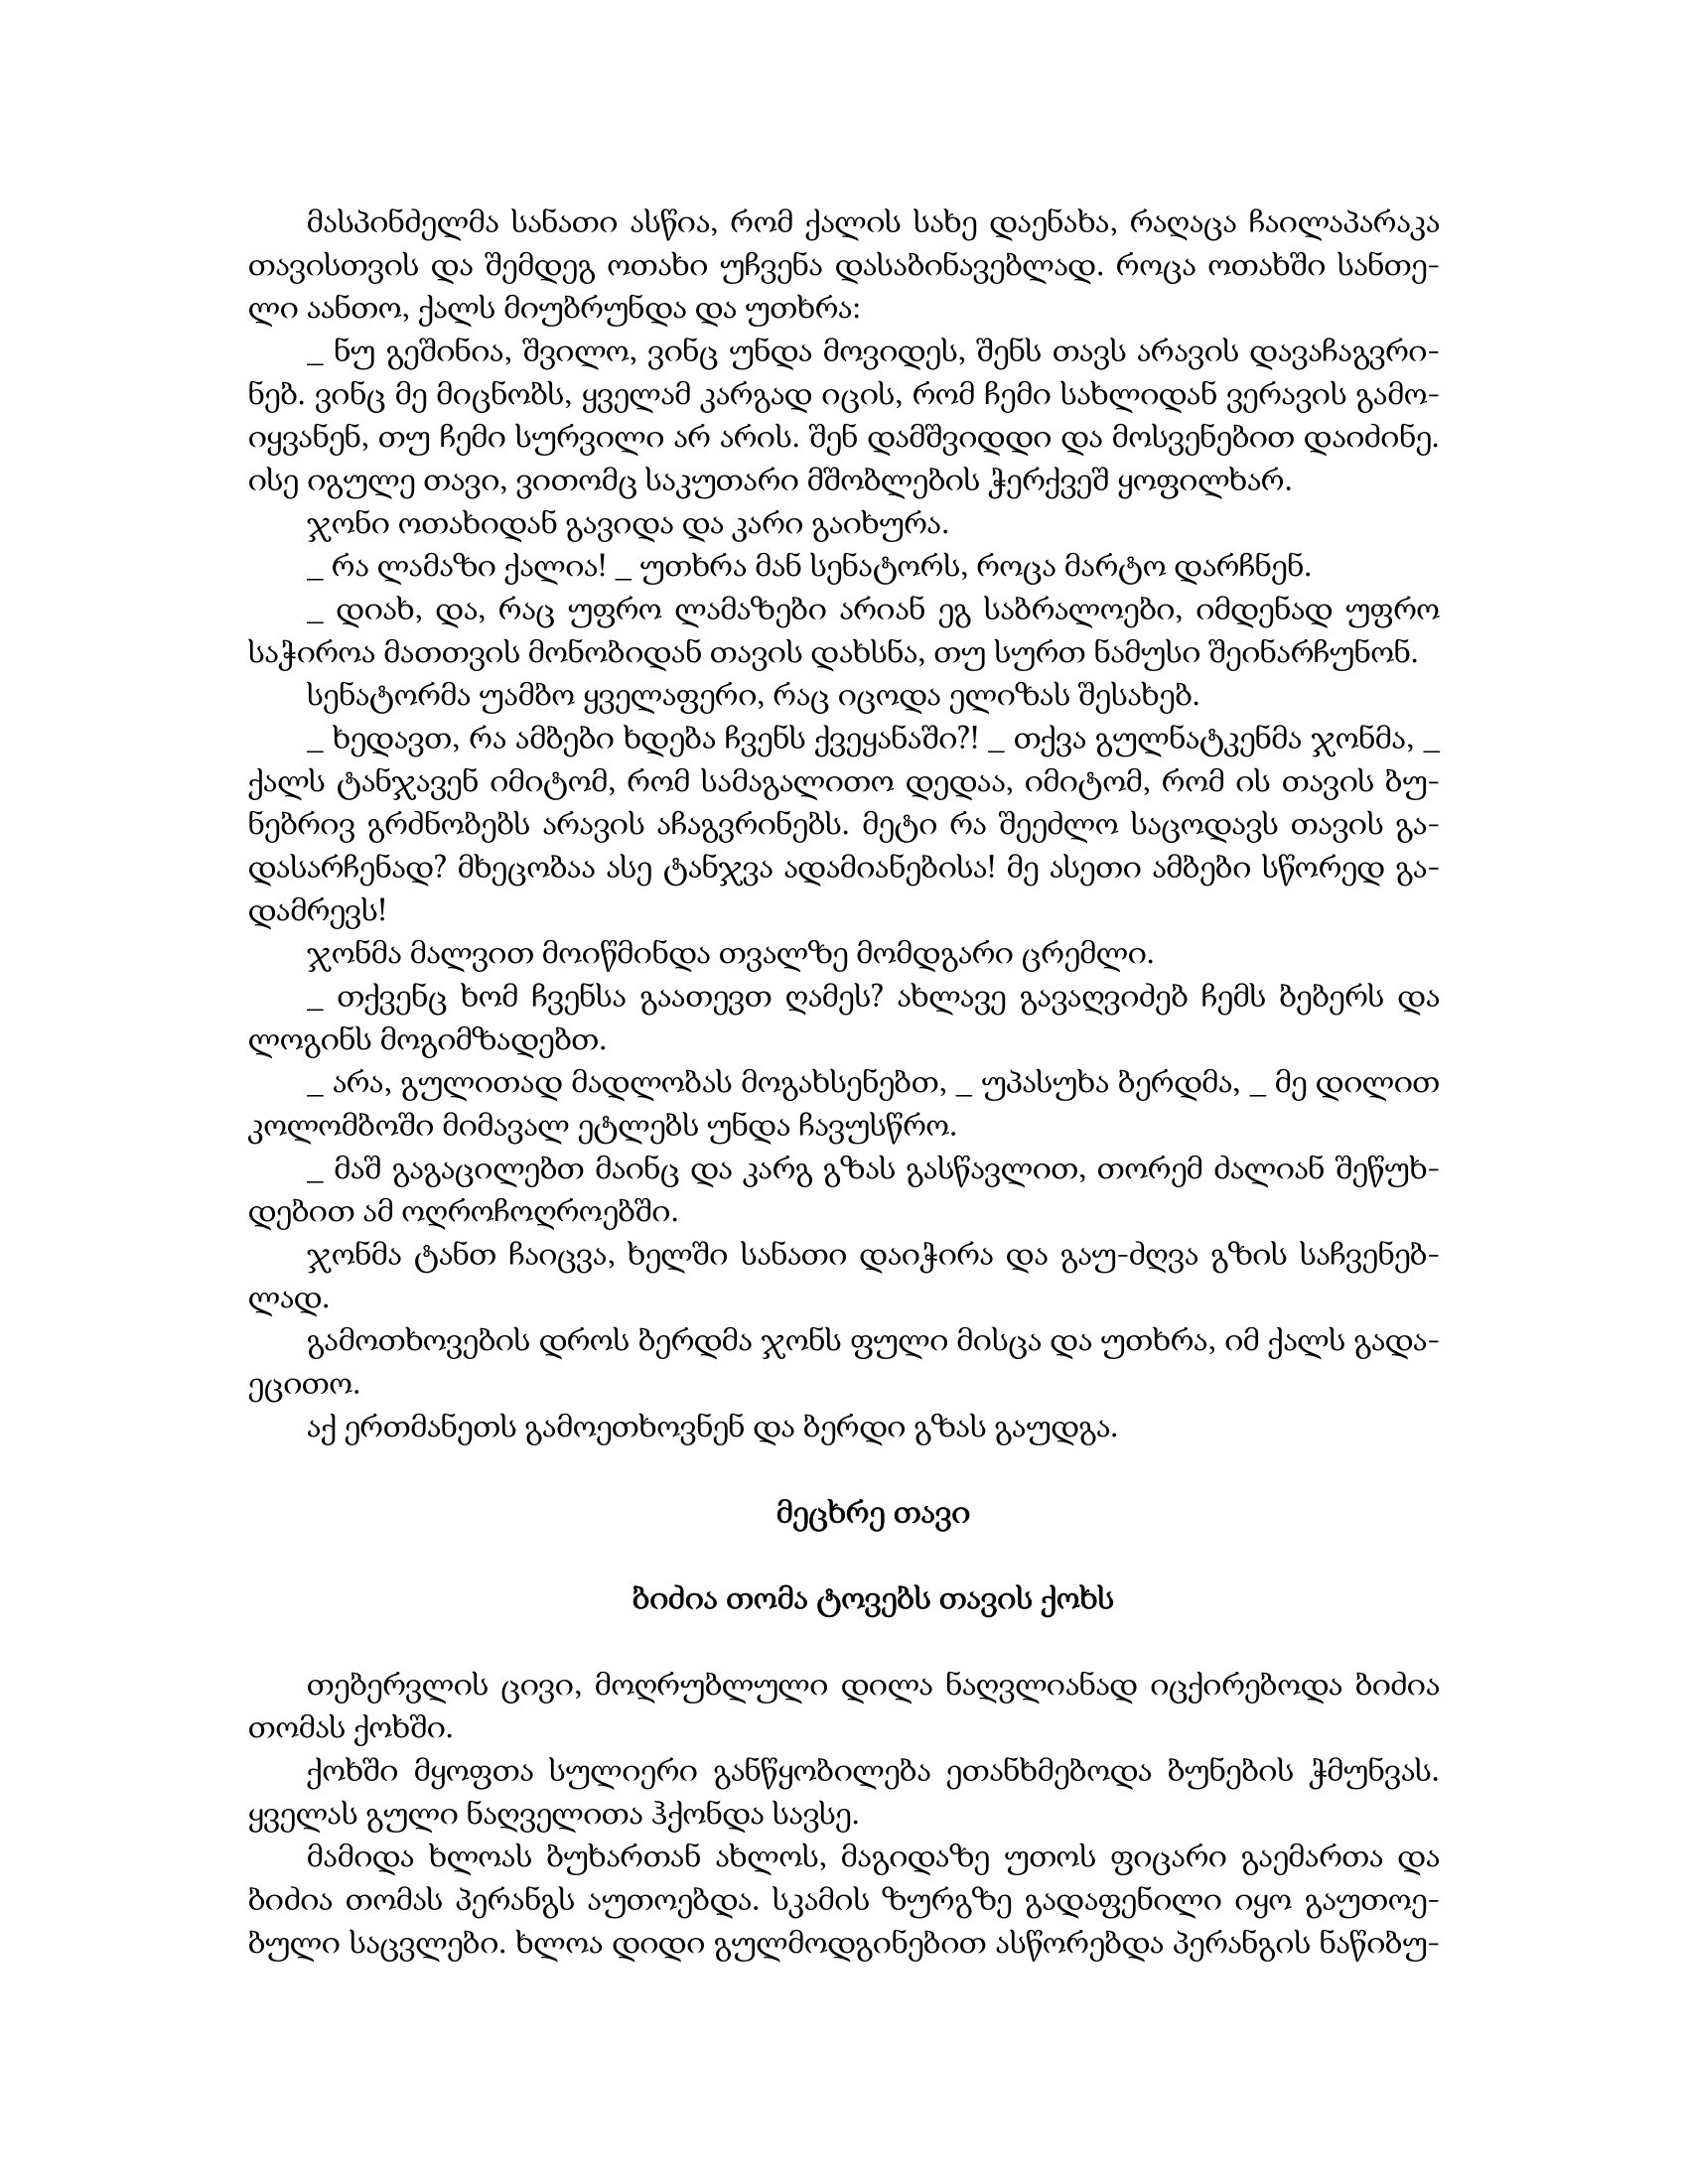
Language: gr